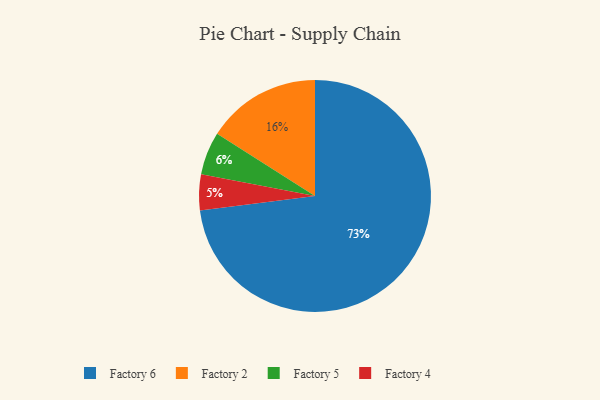
{"axis": {"x": "Category", "y": "Percentage"}, "legend": ["Factory 2", "Factory 4", "Factory 5", "Factory 6"], "data": [{"x": "Factory 6", "y": 73, "type": "Factory 6"}, {"x": "Factory 5", "y": 6, "type": "Factory 5"}, {"x": "Factory 4", "y": 5, "type": "Factory 4"}, {"x": "Factory 2", "y": 16, "type": "Factory 2"}]}